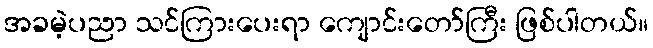
အခမဲ့ပညာ သင်ကြားပေးရာ ကျောင်းတော်ကြီး ဖြစ်ပါတယ်။